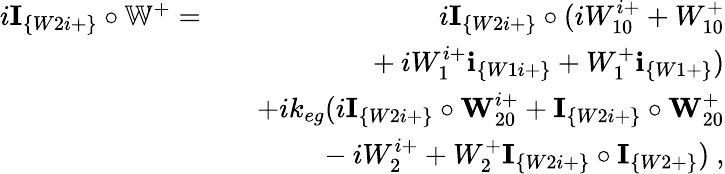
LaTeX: \begin{array}{rlr}{i\textbf{I}_{\{ W2i+\} }\circ\mathbb{W}^{+}=}&{}&{i\textbf{I}_{\{ W2i+\} }\circ(iW_{10}^{i+}+W_{10}^{+}}\\ &{}&{~~~~~~+iW_{1}^{i+}\textbf{i}_{\{ W1i+\} }+W_{1}^{+}\textbf{i}_{\{ W1+\} })}\\ &{}&{+ik_{eg}(i\textbf{I}_{\{ W2i+\} }\circ\textbf{W}_{20}^{i+}+\textbf{I}_{\{ W2i+\} }\circ\textbf{W}_{20}^{+}}\\ &{}&{~~~~~~-iW_{2}^{i+}+W_{2}^{+}\textbf{I}_{\{ W2i+\} }\circ\textbf{I}_{\{ W2+\} })~,}\end{array}